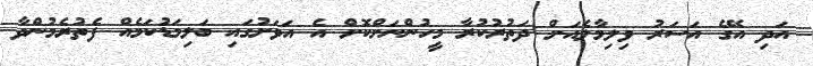
އަދި އޭގެ އަސަރު ވިލިމާލެއަށް ދަތުރުކުރާ މީހުންނަށްކޮށް އެ އަވަށުގައި ބަލިމަޑުކަމެއް ފެތުރެމުންދާ